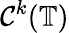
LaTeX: \mathcal{C}^{k}(\mathbb{{T}})